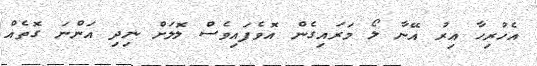
އެހުރިހާ އިރު އޭނާ ލޯ މަރައިގެން އޮވެފައިވެސް ލޮލަށް ނިދި އަންނަ ގޮތެއް